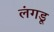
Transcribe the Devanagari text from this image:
लंगडू